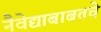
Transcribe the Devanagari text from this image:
नैवेद्याबाबतचे